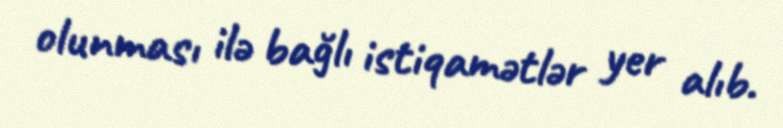
olunması ilə bağlı istiqamətlər yer alıb.